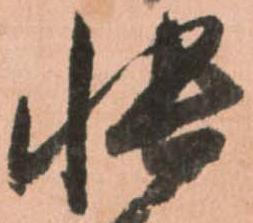
帳